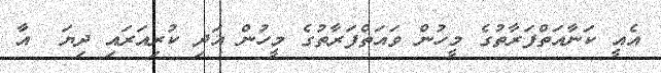
އެއީ ކަނާއަތްފަރާތުގެ މީހުން ވައަތްފަރާތުގެ މީހުން އަދި ކުރިއަރައި ދިޔަ  އާ